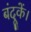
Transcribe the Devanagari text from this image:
बंदूकें।